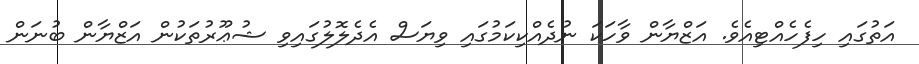
އަތުގައި ހިފެހެއްޓިއެވެ. އަޒްޔާން ވާހަކަ ނުދެއްކިކަމުގައި ވިޔަސް އެދެލޮލުގައިވި ޝުޢޫރުތަކުން އަޒްޔާން ބުނަން